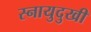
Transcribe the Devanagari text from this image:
स्नायुदुखी